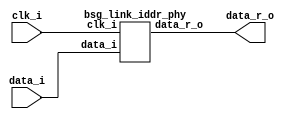
// This program was cloned from: https://github.com/chipsalliance/synlig
// License: Apache License 2.0



module top
(
  clk_i,
  data_i,
  data_r_o
);

  input [15:0] data_i;
  output [31:0] data_r_o;
  input clk_i;

  bsg_link_iddr_phy
  wrapper
  (
    .data_i(data_i),
    .data_r_o(data_r_o),
    .clk_i(clk_i)
  );


endmodule



module bsg_link_iddr_phy
(
  clk_i,
  data_i,
  data_r_o
);

  input [15:0] data_i;
  output [31:0] data_r_o;
  input clk_i;
  wire [31:0] data_r_o;
  wire N0;
  wire [15:0] data_p_r,data_n_r;
  reg data_p_r_15_sv2v_reg,data_p_r_14_sv2v_reg,data_p_r_13_sv2v_reg,
  data_p_r_12_sv2v_reg,data_p_r_11_sv2v_reg,data_p_r_10_sv2v_reg,data_p_r_9_sv2v_reg,
  data_p_r_8_sv2v_reg,data_p_r_7_sv2v_reg,data_p_r_6_sv2v_reg,data_p_r_5_sv2v_reg,
  data_p_r_4_sv2v_reg,data_p_r_3_sv2v_reg,data_p_r_2_sv2v_reg,data_p_r_1_sv2v_reg,
  data_p_r_0_sv2v_reg,data_n_r_15_sv2v_reg,data_n_r_14_sv2v_reg,data_n_r_13_sv2v_reg,
  data_n_r_12_sv2v_reg,data_n_r_11_sv2v_reg,data_n_r_10_sv2v_reg,data_n_r_9_sv2v_reg,
  data_n_r_8_sv2v_reg,data_n_r_7_sv2v_reg,data_n_r_6_sv2v_reg,data_n_r_5_sv2v_reg,
  data_n_r_4_sv2v_reg,data_n_r_3_sv2v_reg,data_n_r_2_sv2v_reg,data_n_r_1_sv2v_reg,
  data_n_r_0_sv2v_reg,data_r_o_31_sv2v_reg,data_r_o_30_sv2v_reg,data_r_o_29_sv2v_reg,
  data_r_o_28_sv2v_reg,data_r_o_27_sv2v_reg,data_r_o_26_sv2v_reg,data_r_o_25_sv2v_reg,
  data_r_o_24_sv2v_reg,data_r_o_23_sv2v_reg,data_r_o_22_sv2v_reg,
  data_r_o_21_sv2v_reg,data_r_o_20_sv2v_reg,data_r_o_19_sv2v_reg,data_r_o_18_sv2v_reg,
  data_r_o_17_sv2v_reg,data_r_o_16_sv2v_reg,data_r_o_15_sv2v_reg,data_r_o_14_sv2v_reg,
  data_r_o_13_sv2v_reg,data_r_o_12_sv2v_reg,data_r_o_11_sv2v_reg,data_r_o_10_sv2v_reg,
  data_r_o_9_sv2v_reg,data_r_o_8_sv2v_reg,data_r_o_7_sv2v_reg,data_r_o_6_sv2v_reg,
  data_r_o_5_sv2v_reg,data_r_o_4_sv2v_reg,data_r_o_3_sv2v_reg,data_r_o_2_sv2v_reg,
  data_r_o_1_sv2v_reg,data_r_o_0_sv2v_reg;
  assign data_p_r[15] = data_p_r_15_sv2v_reg;
  assign data_p_r[14] = data_p_r_14_sv2v_reg;
  assign data_p_r[13] = data_p_r_13_sv2v_reg;
  assign data_p_r[12] = data_p_r_12_sv2v_reg;
  assign data_p_r[11] = data_p_r_11_sv2v_reg;
  assign data_p_r[10] = data_p_r_10_sv2v_reg;
  assign data_p_r[9] = data_p_r_9_sv2v_reg;
  assign data_p_r[8] = data_p_r_8_sv2v_reg;
  assign data_p_r[7] = data_p_r_7_sv2v_reg;
  assign data_p_r[6] = data_p_r_6_sv2v_reg;
  assign data_p_r[5] = data_p_r_5_sv2v_reg;
  assign data_p_r[4] = data_p_r_4_sv2v_reg;
  assign data_p_r[3] = data_p_r_3_sv2v_reg;
  assign data_p_r[2] = data_p_r_2_sv2v_reg;
  assign data_p_r[1] = data_p_r_1_sv2v_reg;
  assign data_p_r[0] = data_p_r_0_sv2v_reg;
  assign data_n_r[15] = data_n_r_15_sv2v_reg;
  assign data_n_r[14] = data_n_r_14_sv2v_reg;
  assign data_n_r[13] = data_n_r_13_sv2v_reg;
  assign data_n_r[12] = data_n_r_12_sv2v_reg;
  assign data_n_r[11] = data_n_r_11_sv2v_reg;
  assign data_n_r[10] = data_n_r_10_sv2v_reg;
  assign data_n_r[9] = data_n_r_9_sv2v_reg;
  assign data_n_r[8] = data_n_r_8_sv2v_reg;
  assign data_n_r[7] = data_n_r_7_sv2v_reg;
  assign data_n_r[6] = data_n_r_6_sv2v_reg;
  assign data_n_r[5] = data_n_r_5_sv2v_reg;
  assign data_n_r[4] = data_n_r_4_sv2v_reg;
  assign data_n_r[3] = data_n_r_3_sv2v_reg;
  assign data_n_r[2] = data_n_r_2_sv2v_reg;
  assign data_n_r[1] = data_n_r_1_sv2v_reg;
  assign data_n_r[0] = data_n_r_0_sv2v_reg;
  assign data_r_o[31] = data_r_o_31_sv2v_reg;
  assign data_r_o[30] = data_r_o_30_sv2v_reg;
  assign data_r_o[29] = data_r_o_29_sv2v_reg;
  assign data_r_o[28] = data_r_o_28_sv2v_reg;
  assign data_r_o[27] = data_r_o_27_sv2v_reg;
  assign data_r_o[26] = data_r_o_26_sv2v_reg;
  assign data_r_o[25] = data_r_o_25_sv2v_reg;
  assign data_r_o[24] = data_r_o_24_sv2v_reg;
  assign data_r_o[23] = data_r_o_23_sv2v_reg;
  assign data_r_o[22] = data_r_o_22_sv2v_reg;
  assign data_r_o[21] = data_r_o_21_sv2v_reg;
  assign data_r_o[20] = data_r_o_20_sv2v_reg;
  assign data_r_o[19] = data_r_o_19_sv2v_reg;
  assign data_r_o[18] = data_r_o_18_sv2v_reg;
  assign data_r_o[17] = data_r_o_17_sv2v_reg;
  assign data_r_o[16] = data_r_o_16_sv2v_reg;
  assign data_r_o[15] = data_r_o_15_sv2v_reg;
  assign data_r_o[14] = data_r_o_14_sv2v_reg;
  assign data_r_o[13] = data_r_o_13_sv2v_reg;
  assign data_r_o[12] = data_r_o_12_sv2v_reg;
  assign data_r_o[11] = data_r_o_11_sv2v_reg;
  assign data_r_o[10] = data_r_o_10_sv2v_reg;
  assign data_r_o[9] = data_r_o_9_sv2v_reg;
  assign data_r_o[8] = data_r_o_8_sv2v_reg;
  assign data_r_o[7] = data_r_o_7_sv2v_reg;
  assign data_r_o[6] = data_r_o_6_sv2v_reg;
  assign data_r_o[5] = data_r_o_5_sv2v_reg;
  assign data_r_o[4] = data_r_o_4_sv2v_reg;
  assign data_r_o[3] = data_r_o_3_sv2v_reg;
  assign data_r_o[2] = data_r_o_2_sv2v_reg;
  assign data_r_o[1] = data_r_o_1_sv2v_reg;
  assign data_r_o[0] = data_r_o_0_sv2v_reg;
  assign N0 = ~clk_i;

  always @(posedge clk_i) begin
    if(1'b1) begin
      data_p_r_15_sv2v_reg <= data_i[15];
      data_p_r_14_sv2v_reg <= data_i[14];
      data_p_r_13_sv2v_reg <= data_i[13];
      data_p_r_12_sv2v_reg <= data_i[12];
      data_p_r_11_sv2v_reg <= data_i[11];
      data_p_r_10_sv2v_reg <= data_i[10];
      data_p_r_9_sv2v_reg <= data_i[9];
      data_p_r_8_sv2v_reg <= data_i[8];
      data_p_r_7_sv2v_reg <= data_i[7];
      data_p_r_6_sv2v_reg <= data_i[6];
      data_p_r_5_sv2v_reg <= data_i[5];
      data_p_r_4_sv2v_reg <= data_i[4];
      data_p_r_3_sv2v_reg <= data_i[3];
      data_p_r_2_sv2v_reg <= data_i[2];
      data_p_r_1_sv2v_reg <= data_i[1];
      data_p_r_0_sv2v_reg <= data_i[0];
      data_r_o_31_sv2v_reg <= data_n_r[15];
      data_r_o_30_sv2v_reg <= data_n_r[14];
      data_r_o_29_sv2v_reg <= data_n_r[13];
      data_r_o_28_sv2v_reg <= data_n_r[12];
      data_r_o_27_sv2v_reg <= data_n_r[11];
      data_r_o_26_sv2v_reg <= data_n_r[10];
      data_r_o_25_sv2v_reg <= data_n_r[9];
      data_r_o_24_sv2v_reg <= data_n_r[8];
      data_r_o_23_sv2v_reg <= data_n_r[7];
      data_r_o_22_sv2v_reg <= data_n_r[6];
      data_r_o_21_sv2v_reg <= data_n_r[5];
      data_r_o_20_sv2v_reg <= data_n_r[4];
      data_r_o_19_sv2v_reg <= data_n_r[3];
      data_r_o_18_sv2v_reg <= data_n_r[2];
      data_r_o_17_sv2v_reg <= data_n_r[1];
      data_r_o_16_sv2v_reg <= data_n_r[0];
      data_r_o_15_sv2v_reg <= data_p_r[15];
      data_r_o_14_sv2v_reg <= data_p_r[14];
      data_r_o_13_sv2v_reg <= data_p_r[13];
      data_r_o_12_sv2v_reg <= data_p_r[12];
      data_r_o_11_sv2v_reg <= data_p_r[11];
      data_r_o_10_sv2v_reg <= data_p_r[10];
      data_r_o_9_sv2v_reg <= data_p_r[9];
      data_r_o_8_sv2v_reg <= data_p_r[8];
      data_r_o_7_sv2v_reg <= data_p_r[7];
      data_r_o_6_sv2v_reg <= data_p_r[6];
      data_r_o_5_sv2v_reg <= data_p_r[5];
      data_r_o_4_sv2v_reg <= data_p_r[4];
      data_r_o_3_sv2v_reg <= data_p_r[3];
      data_r_o_2_sv2v_reg <= data_p_r[2];
      data_r_o_1_sv2v_reg <= data_p_r[1];
      data_r_o_0_sv2v_reg <= data_p_r[0];
    end 
  end


  always @(posedge N0) begin
    if(1'b1) begin
      data_n_r_15_sv2v_reg <= data_i[15];
      data_n_r_14_sv2v_reg <= data_i[14];
      data_n_r_13_sv2v_reg <= data_i[13];
      data_n_r_12_sv2v_reg <= data_i[12];
      data_n_r_11_sv2v_reg <= data_i[11];
      data_n_r_10_sv2v_reg <= data_i[10];
      data_n_r_9_sv2v_reg <= data_i[9];
      data_n_r_8_sv2v_reg <= data_i[8];
      data_n_r_7_sv2v_reg <= data_i[7];
      data_n_r_6_sv2v_reg <= data_i[6];
      data_n_r_5_sv2v_reg <= data_i[5];
      data_n_r_4_sv2v_reg <= data_i[4];
      data_n_r_3_sv2v_reg <= data_i[3];
      data_n_r_2_sv2v_reg <= data_i[2];
      data_n_r_1_sv2v_reg <= data_i[1];
      data_n_r_0_sv2v_reg <= data_i[0];
    end 
  end


endmodule